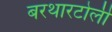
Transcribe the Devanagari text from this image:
बरथारटोली